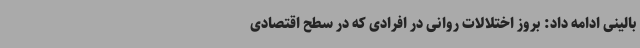
بالینی ادامه داد: بروز اختلالات روانی در افرادی که در سطح اقتصادی